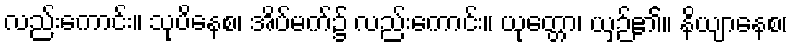
လည်းကောင်း။ သုပိနေစ၊ အိပ်မက်၌ လည်းကောင်း။ ယုတ္တော၊ ယှဉ်၏။ နိယျာနေစ၊